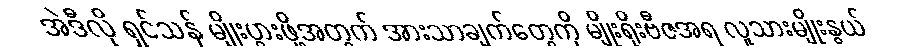
အဲဒီလို ရှင်သန် မျိုးပွားဖို့အတွက် အားသာချက်တွေကို မျိုးရိုးဗီဇအရ လူသားမျိုးနွယ်